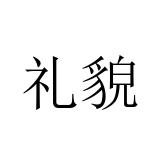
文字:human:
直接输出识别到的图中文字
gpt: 礼貌